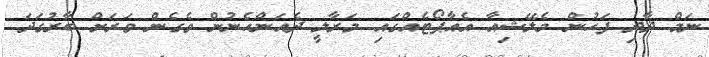
ނަމް ދާދި ފަހުން މެލޭޝިއާ އެއާޕޯޓެއްގައި މަރާލީ ދެއަންހެނުން ވެގެން ވަރަށް ބާރުގަދަ